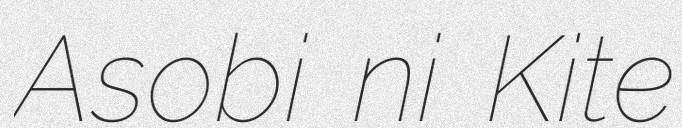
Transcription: Asobi ni Kite